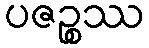
ပဇဉ္စဿ